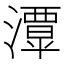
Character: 𤁎